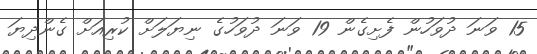
15 ވަނަ ދުވަހުން ފެށިގެން 19 ވަނަ ދުވަހުގެ ނިޔަލަށް ކުރިއަށް ގެންދިޔަ